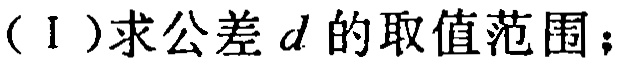
（Ⅰ）求公差\(d\)的取值范围；